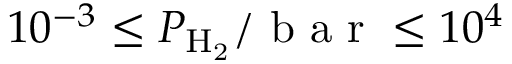
1 0 ^ { - 3 } \le P _ { \mathrm { H _ { 2 } } } / \mathrm { ~ b ~ a ~ r ~ } \le 1 0 ^ { 4 }